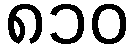
၈၁၀